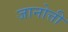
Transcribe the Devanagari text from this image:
जानोत्ती